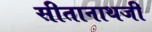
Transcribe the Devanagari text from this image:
सीतानाथजी